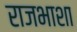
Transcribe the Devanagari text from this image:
राजभाशा